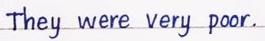
They were very poor.